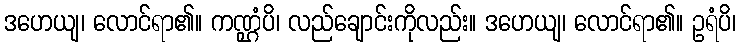
ဒဟေယျ၊ လောင်ရာ၏။ ကဏ္ဌံပိ၊ လည်ချောင်းကိုလည်း။ ဒဟေယျ၊ လောင်ရာ၏။ ဥရံပိ၊